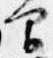
間